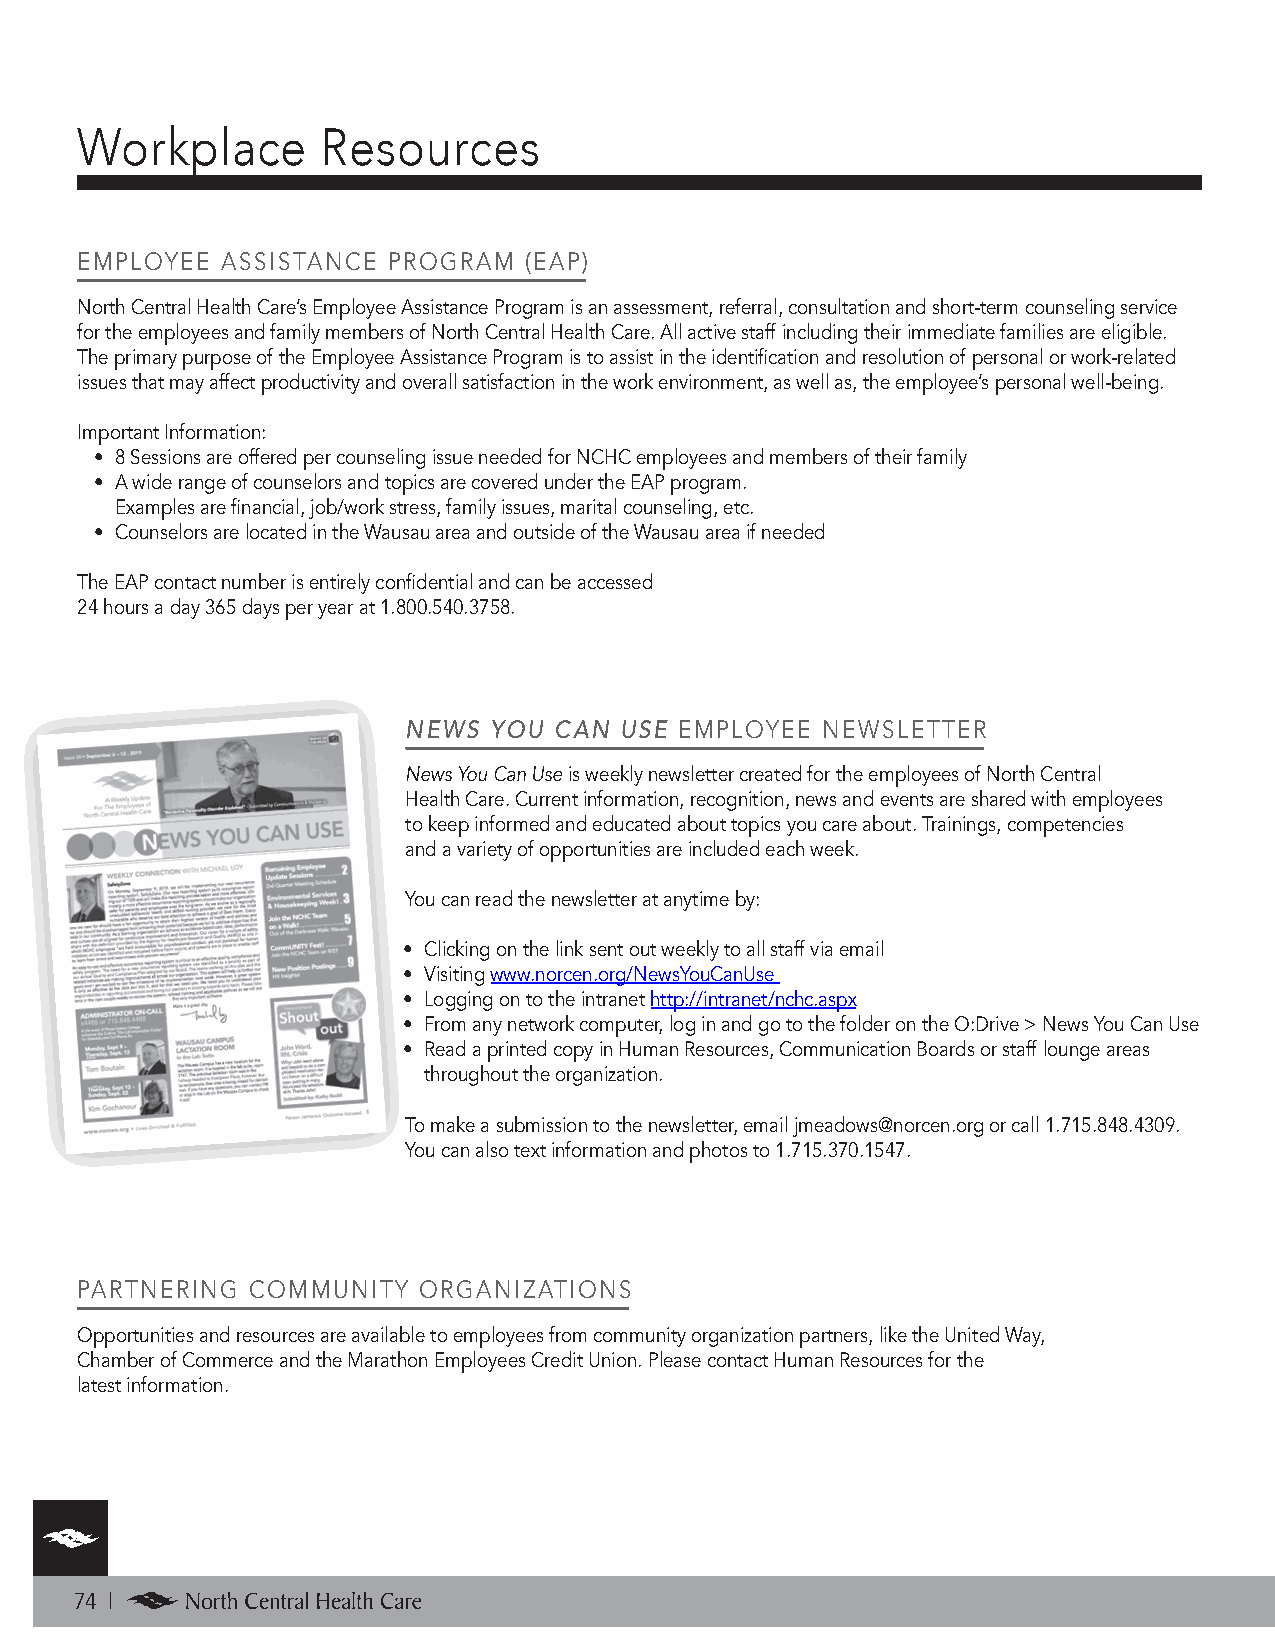
Workplace       Resources
 EMPLOYEE  ASSISTANCE PROGRAM  (EAP)
 North Central Health Care’s Employee Assistance Program is an assessment, referral, consultation and short-term counseling service
 for the employees and family members of North Central Health Care. All active staff including their immediate families are eligible.
 The primary purpose of the Employee Assistance Program is to assist in the identification and resolution of personal or work-related
 issues that may affect productivity and overall satisfaction in the work environment, as well as, the employee’s personal well-being.
 Important Information:
 • 8 Sessions are offered per counseling issue needed for NCHC employees and members of their family
 • A wide range of counselors and topics are covered under the EAP program.
 Examples are financial, job/work stress, family issues, marital counseling, etc.
 • Counselors are located in the Wausau area and outside of the Wausau area if needed
 The EAP contact number is entirely confidential and can be accessed
 24 hours a day 365 days per year at 1.800.540.3758.
 NEWS YOU  CAN USE EMPLOYEE NEWSLETTER
 News You Can Use is weekly newsletter created for the employees of North Central
 Health Care. Current information, recognition, news and events are shared with employees
 to keep informed and educated about topics you care about. Trainings, competencies
 and a variety of opportunities are included each week.
 You can read the newsletter at anytime by:
 • Clicking on the link sent out weekly to all staff via email
 • Visiting www.norcen.org/NewsYouCanUse
 • Logging on to the intranet http://intranet/nchc.aspx
 • From any network computer, log in and go to the folder on the O:Drive > News You Can Use
 • Read a printed copy in Human Resources, Communication Boards or staff lounge areas
 throughout the organization.
 To make a submission to the newsletter, email jmeadows@norcen.org or call 1.715.848.4309.
 You can also text information and photos to 1.715.370.1547.
 PARTNERING COMMUNITY   ORGANIZATIONS
 Opportunities and resources are available to employees from community organization partners, like the United Way,
 Chamber of Commerce and the Marathon Employees Credit Union. Please contact Human Resources for the
 latest information.
 74 |